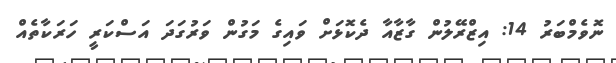
ނޮވެމްބަރު 14: އިޒްރޭލުން ގާޒާއާ ދެކޮޅަށް ވައިގެ މަގުން ވަރުގަދަ އަސްކަރީ ހަރަކާތެއް